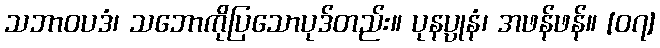
သဘာဝပဒံ၊ သဘောကိုပြသောပုဒ်တည်း။ ပုနပ္ပုနံ၊ အဖန်ဖန်။ [၀၇]